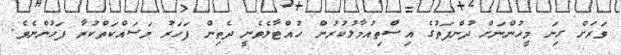
ވަރަށް ގިނަ މީހުންނަށް ދުންފަތުގެ އިސްތިއުމާލުކުރުން ހުއްޓާލެވެނީ ދެތިން ފަހަރު މަސައްކަތްކުރާ ފަހުންނެވެ.